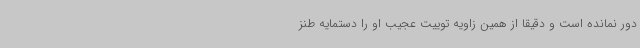
دور نمانده است و دقیقا از همین زاویه توییت عجیب او را دستمایه طنز